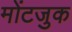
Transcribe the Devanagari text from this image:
मोंटजुक